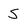
Character: S